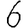
Digit: 6